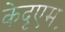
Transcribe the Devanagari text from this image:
केदृएम॰